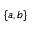
\{ a , b \}